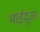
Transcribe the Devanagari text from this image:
भाईदूज।